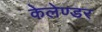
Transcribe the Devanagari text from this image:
केलेण्डर